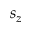
s _ { z }